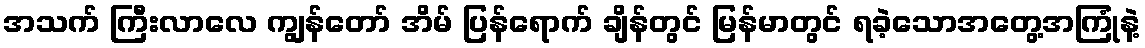
အသက် ကြီးလာလေ ကျွန်တော် အိမ် ပြန်ရောက် ချိန်တွင် မြန်မာတွင် ရခဲ့သောအတွေ့အကြုံနဲ့